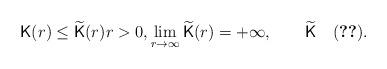
LaTeX: \begin{align*}{\sf K}(r)\leq\widetilde{\sf K}(r)r>0,\lim_{r\to\infty}\widetilde{\sf K}(r)=+\infty,\quad\quad\widetilde{\sf K}\quad\eqref{eq:Inttegrability}. \end{align*}